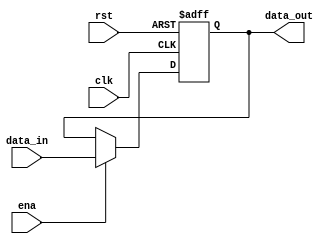
`timescale 1ns / 1ps
//////////////////////////////////////////////////////////////////////////////////
// Company: 
// Engineer: 
// 
// Design Name: 
// Module Name: IR
// Project Name: 
// Target Devices: 
// Tool Versions: 
// Description: 
// 
// Dependencies: 
// 
// Revision:
// Revision 0.01 - File Created
// Additional Comments:
// 
//////////////////////////////////////////////////////////////////////////////////


module IR#(parameter startAddress = 32'h00000000)
(
input clk,rst,ena,
input [31:0]data_in,
output reg [31:0] data_out
);

always@(posedge clk or posedge rst)
begin
if (rst)
data_out <= startAddress;
else if (ena)
data_out <= data_in;
else
data_out <= data_out;
end
endmodule